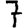
Digit: 7